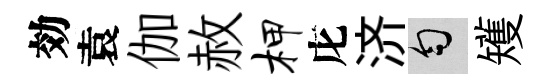
効袁伽赦柙庀济匀矱